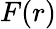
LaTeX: F(r)